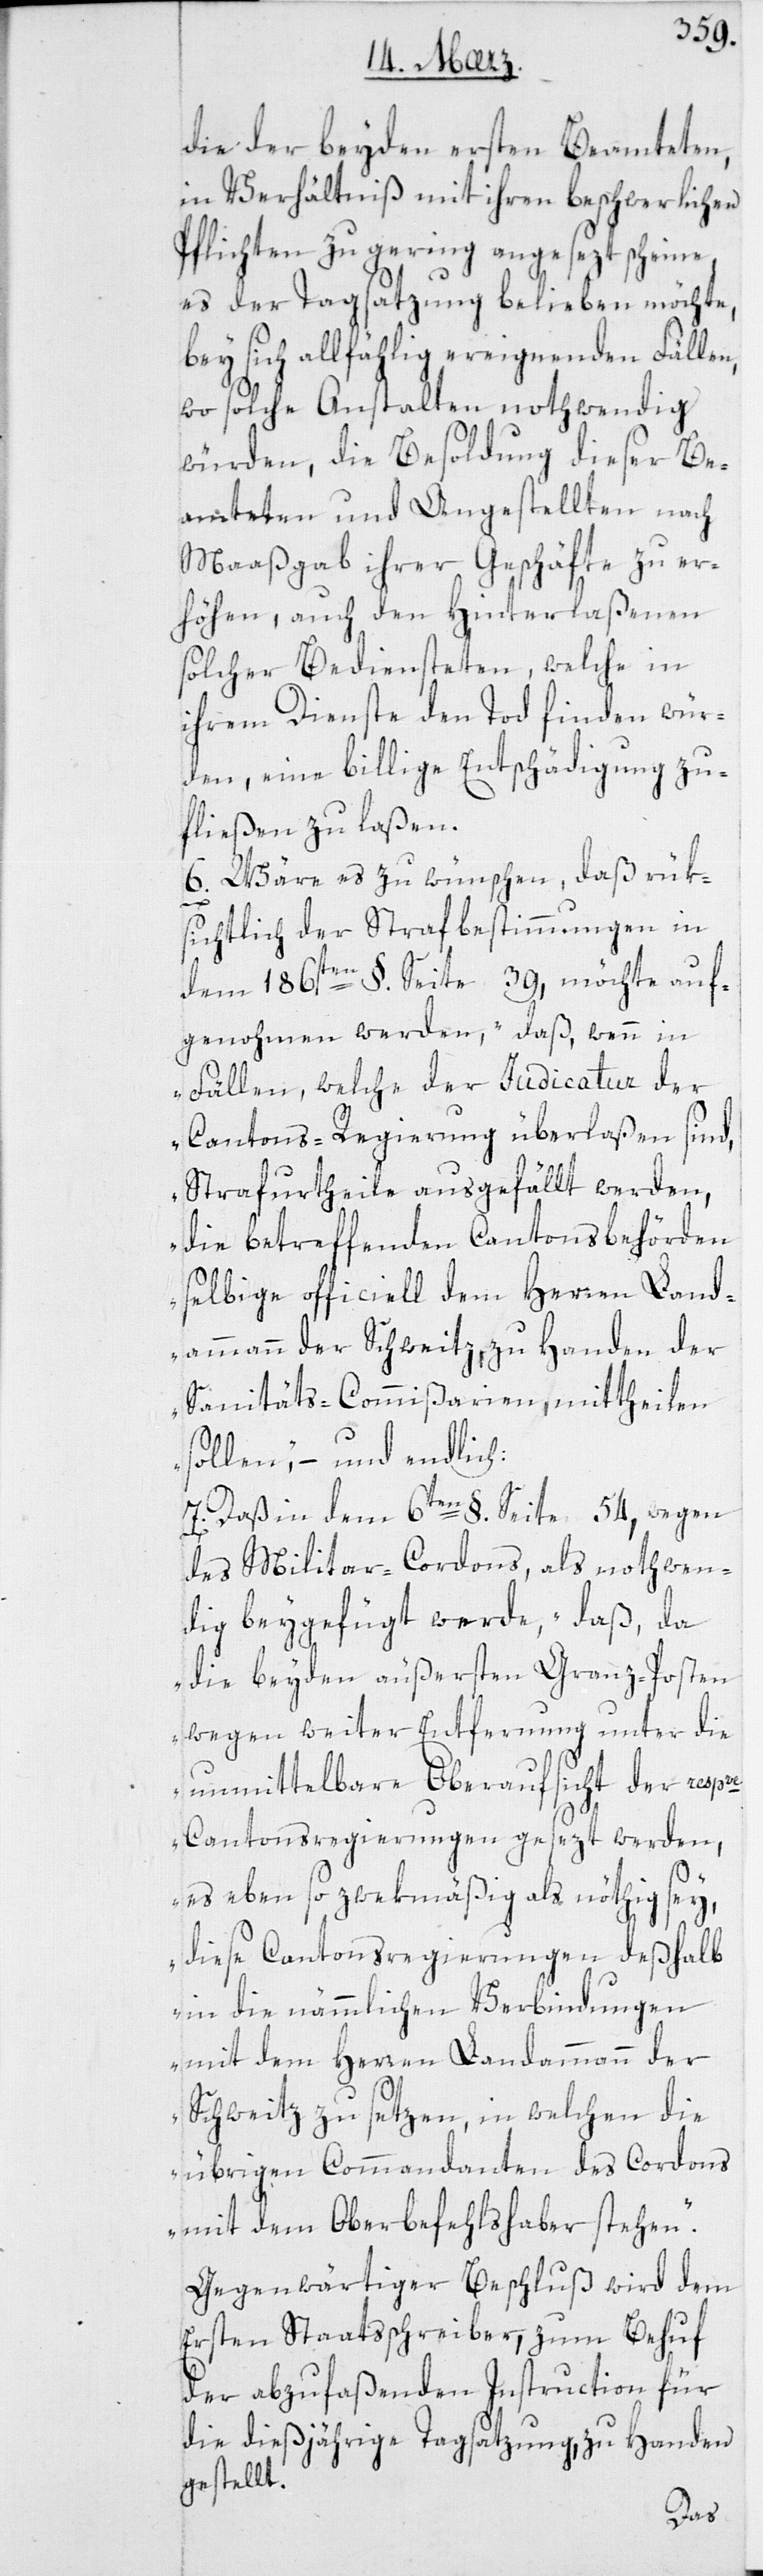
die der beyden ersten Beamteten,
in Verhältnis mit ihren beschwerlichen
Pflichten zu gering angesezt scheine,
es der Tagsatzung belieben möchte,
bey sich allfällig ereignenden Fällen,
wo solche Anstalten nothwendig
würden, die Besoldung dieser Be¬
amteten und Angestellten nach
Maaßgab ihrer Geschäfte zu er¬
höhen, auch den Hinterlaßenen
solcher Bediensteten, welche in
ihrem Dienste den Tod finden wür¬
den, eine billige Entschädigung zu¬
fließen zu laßen.
6. Wäre es zu wünschen, daß rük¬
sichtlich der Strafbestimmungen in
dem 186ten §. Seite 39, möchte auf¬
genommen werden, „Daß wenn in
Fällen, welche der Judicatur der
Cantonsregierung überlaßen sind,
Strafurtheile ausgefällt werden,
die betreffenden Cantonsbehörden
selbige officiell dem Herren Land¬
ammann der Schweitz, zu Handen der
Sanitätscommißion mittheilen
sollen“, – und endlich:
7. Daß in dem 6ten §. Seite 54, wegen
des Militar-Cordons, als nothwen¬
dig beygefügt werde, „Daß, da
die beyden äußersten Gränz-Posten
wegen weiter Entfernung unter die
unmittelbare Oberaufsicht der respve
Cantonsregierungen gesezt werden,
es eben so zwekmäßig als nöthig sey,
diese Cantonsregierungen deßhalb
in die nämmlichen Verbindungen
mit dem Herren Landammann der
Schweitz zu setzen, in welchen die
übrigen Commandanten des Cordons
mit dem Oberbefehlshaber stehen“.
Gegenwärtiger Beschluß wird dem
ersten Staatsschreiber, zum Behuf
der abzufaßenden Instruction für
die dießjährige Tagsatzung zu Handen
gestellt.